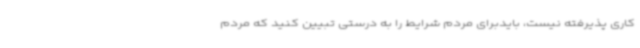
کاری پذیرفته نیست، بایدبرای مردم شرایط را به درستی تبیین کنید که مردم